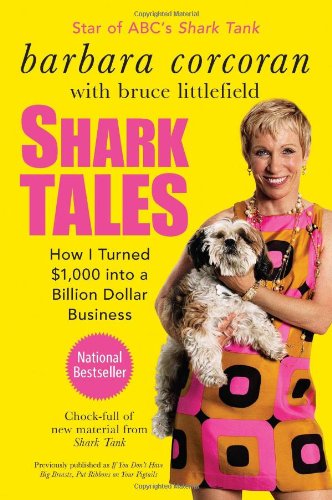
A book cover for Shark Tales: How I Turned $1,000 into a Billion Dollar Business; Barbara Corcoran; Business & Money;